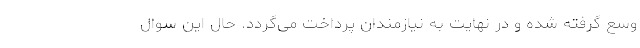
وسع گرفته شده و در نهایت به نیازمندان پرداخت می‌گردد. حال این سوال